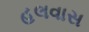
હલવાસ